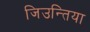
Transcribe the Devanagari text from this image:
जिउन्तिया